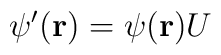
\psi'({\bf r})  = \psi({\bf r}) U